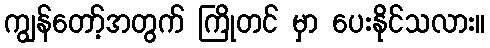
ကျွန်တော့်အတွက် ကြိုတင် မှာ ပေးနိုင်သလား။